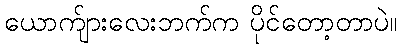
ယောက်ျားလေးဘက်က ပိုင်တော့တာပဲ။